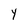
Character: Y